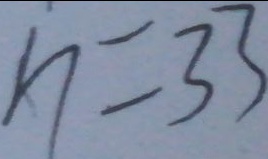
n = 3 3